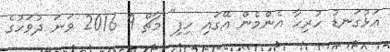
އަޅުގަނޑު ހުރިހާ އެންމެން އޭގައި ހިފި" މާޗް 9 2016 ވަނަ ދުވަހުގެ